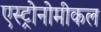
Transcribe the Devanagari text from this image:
एस्ट्रोनोमीकल